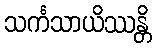
သင်္ကသာယိဿန္တိ